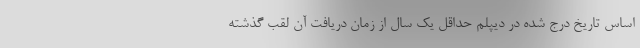
اساس تاریخ درج شده در دیپلم حداقل یک سال از زمان دریافت آن لقب گذشته